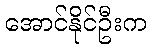
အောင်နိုင်ဦးက